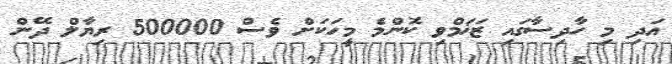
އަދި މި ހާދިސާގައި ޒަޚަމްވި ކޮންމެ މީހަކަށް ވެސް 500000 ރިޔާލް ދޭން